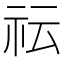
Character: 𥘟